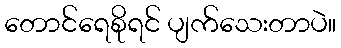
တောင်ရေစိုရင် ပျက်သေးတာပဲ။